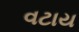
વટાય